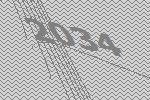
2034